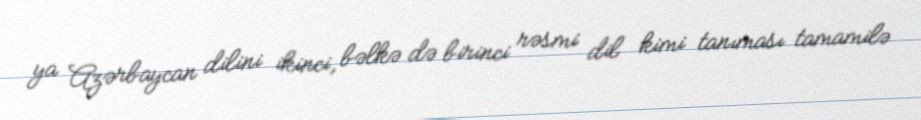
ya Azərbaycan dilini ikinci, bəlkə də birinci rəsmi dil kimi tanıması tamamilə